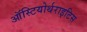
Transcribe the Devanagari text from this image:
ऑस्टियोर्थराइटिस